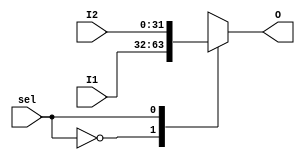
module MUX #(parameter busSize=32)
  (input [busSize-1:0] I1, I2, input sel, output reg [busSize-1:0] O);
   always@ (*)
   case(sel)
		1'b0 : O<=I1;
		1'b1 : O<=I2;
	default : O<=I1;
	endcase
 endmodule